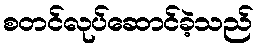
စတင်လုပ်ဆောင်ခဲ့သည်